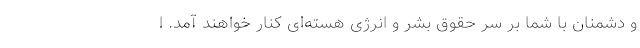
و دشمنان با شما بر سر حقوق بشر و انرژی هسته‌ای کنار خواهند آمد. ا